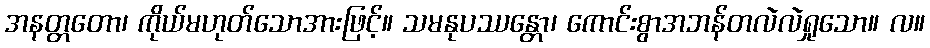
အနတ္တတော၊ ကိုယ်မဟုတ်သောအားဖြင့်။ သမနုပဿန္တော၊ ကောင်းစွာအဘန်တလဲလဲရှုသော။ လ။